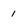
Character: 1